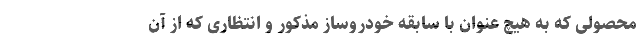
محصولی که به هیچ عنوان با سابقه خودروساز مذکور و انتظاری که از آن